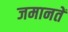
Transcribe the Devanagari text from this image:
जमानतें